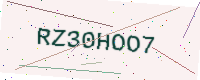
Text: RZ30HOO7